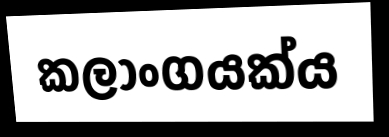
කලාංගයක්ය